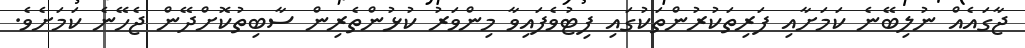
ޖާގައެއް ނުލިބޭނެ ކަމަށާއި ފަރިތަކުރުންތަކުގައި ފިޓުވެފައިވާ މިންވަރު ކުޅުންތެރިން ސާބިތުކޮށްދޭން ޖެހޭނެ ކަމަށެވެ.